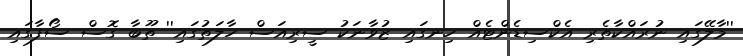
''މާލޭގައި ނުރައްކާތެރި އެކްސިޑެންޓެއް ހިނގައި ޒުވާނަކު ސީރިއަސް ހާލަތުގައި'' ތޫބާ ގޮސް ސޯފާގައި